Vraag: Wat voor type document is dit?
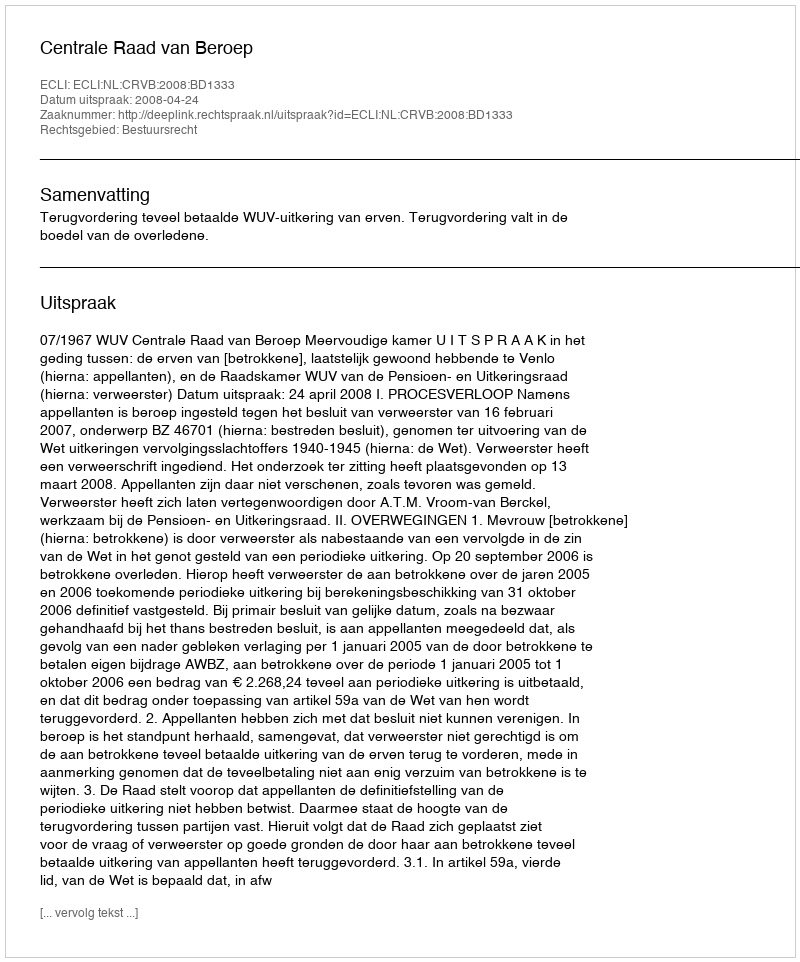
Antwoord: Uitspraak